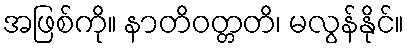
အဖြစ်ကို။ နာတိဝတ္တတိ၊ မလွန်နိုင်။